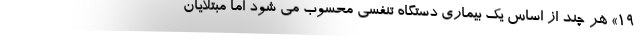
۱۹» هر چند از اساس یک بیماری دستگاه تنفسی محسوب می شود اما مبتلایان